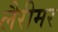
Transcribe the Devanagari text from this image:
लैरीमर